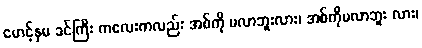
မောင့်နှမ ခင်ကြီး ကလေးကလည်း အစ်ကို မလာဘူးလား၊ အစ်ကိုမလာဘူး လား၊